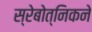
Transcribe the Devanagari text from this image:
स्रेबोत्निकने